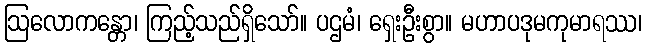
ဩလောကန္တော၊ ကြည့်သည်ရှိသော်။ ပဌမံ၊ ရှေးဦးစွာ။ မဟာပဒုမကုမာရဿ၊